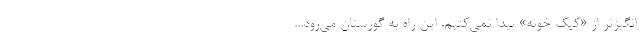
‌انگیزتر از «کیک‌ خونه» پیدا نمی‌کنیم. این راه به گورستان می‌رود...